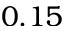
0 . 1 5